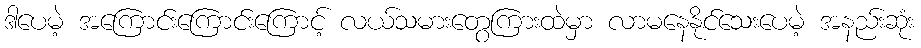
ဒါပေမဲ့ အကြောင်းကြောင်းကြောင့် လယ်သမားတွေကြားထဲမှာ လာမနေနိုင်သေးပေမဲ့ အနည်းဆုံး